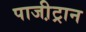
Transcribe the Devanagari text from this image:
पाजी़ट्रान